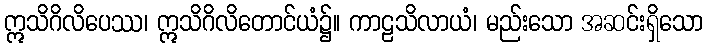
ဣသိဂိလိပေဿ၊ ဣသိဂိလိတောင်ယံ၌။ ကာဠသိလာယံ၊ မည်းသော အဆင်းရှိသော